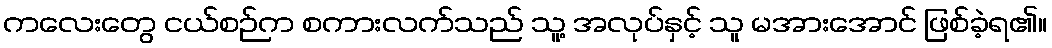
ကလေးတွေ ငယ်စဉ်က စကားလက်သည် သူ့ အလုပ်နှင့် သူ မအားအောင် ဖြစ်ခဲ့ရ၏။